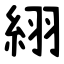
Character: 䋚